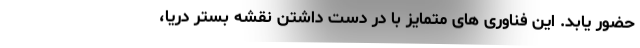
حضور یابد. این فناوری های متمایز با در دست داشتن نقشه بستر دریا،